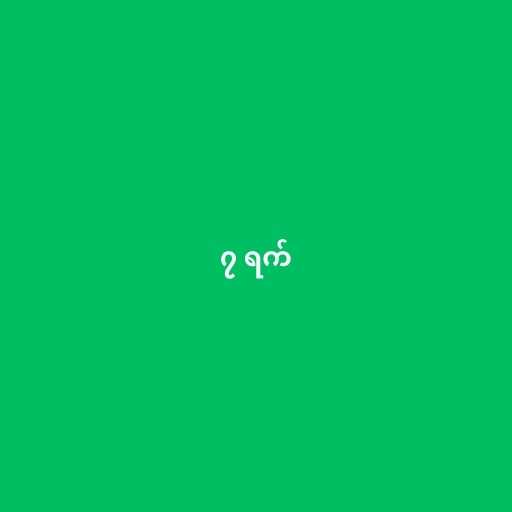
၇ ရက်